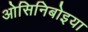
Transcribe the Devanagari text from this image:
ओसिनिबोइया